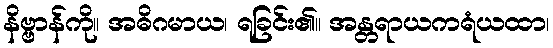
နိဗ္ဗာန်ကို။ အဓိဂမာယ၊ ရခြင်း၏။ အန္တရာယကရံယထာ၊